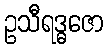
ဥသီရဒ္ဓဇော